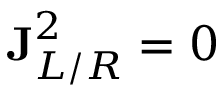
\mathbf { J } _ { L / R } ^ { 2 } = 0